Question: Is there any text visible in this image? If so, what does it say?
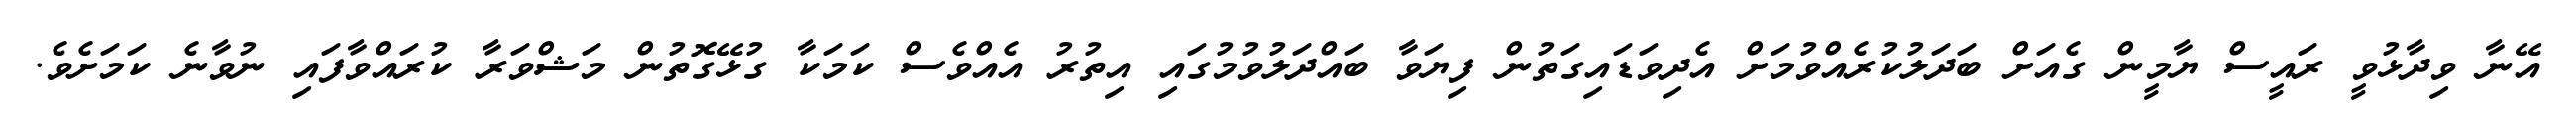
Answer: އޭނާ ވިދާޅުވީ ރައީސް ޔާމީން ގެއަށް ބަދަލުކުރެއްވުމަށް އެދިވަޑައިގަތުން ފިޔަވާ ބައްދަލުވުމުގައި އިތުރު އެއްވެސް ކަމަކާ ގުޅޭގޮތުން މަޝްވަރާ ކުރައްވާފައި ނުވާނެ ކަމަށެވެ.